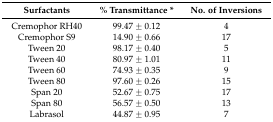
| Surfactants | % Transmittance * | No. of Inversions |
 | --- | --- | --- |
 | Cremophor RH40 | 99.47 ± 0.12 | 4 |
 | Cremophor S9 | 14.90 ± 0.66 | 17 |
 | Tween 20 | 98.17 ± 0.40 | 5 |
 | Tween 40 | 80.97 ± 1.01 | 11 |
 | Tween 60 | 74.93 ± 0.35 | 9 |
 | Tween 80 | 97.60 ± 0.26 | 15 |
 | Span 20 | 52.67 ± 0.75 | 17 |
 | Span 80 | 56.57 ± 0.50 | 13 |
 | Labrasol | 44.87 ± 0.95 | 7 |